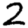
Digit: 2